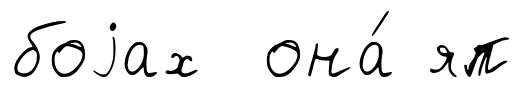
боjах она́ яп